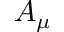
A _ { \mu }